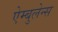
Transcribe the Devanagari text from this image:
ऐम्बुलेन्स